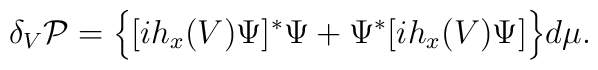
\delta_V{\cal P}=\Big\{[ih_x(V)\Psi]^*\Psi +\Psi^*[ih_x(V)\Psi]\Big\}d\mu.